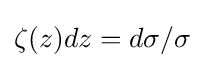
\zeta (z)dz=d\sigma /\sigma